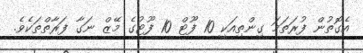
އެގޮތުން ފުރަތަމަ ގިންތިއަކީ 10 ފޫޓް 10 ފޫޓުގެ މޭޒް ނަގާ ފަރާތްތަކެވެ.